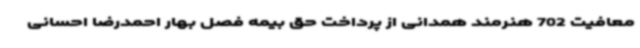
معافیت 702 هنرمند همدانی از پرداخت حق بیمه فصل بهار احمدرضا احسانی